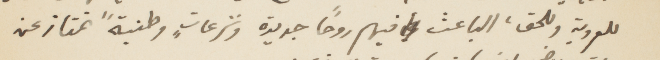
للعروبة وللحق، الباعث  فيهم روًا جديدة ونزعات وطنية تمتاز عن